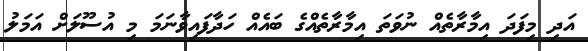
އަދި މިފަދަ އިމާރާތެއް ނުވަތަ އިމާރާތެއްގެ ބައެއް ހަދާފައިވާނަމަ މި އުސޫލަށް އަމަލު